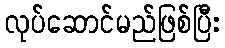
လုပ်ဆောင်မည်ဖြစ်ပြီး